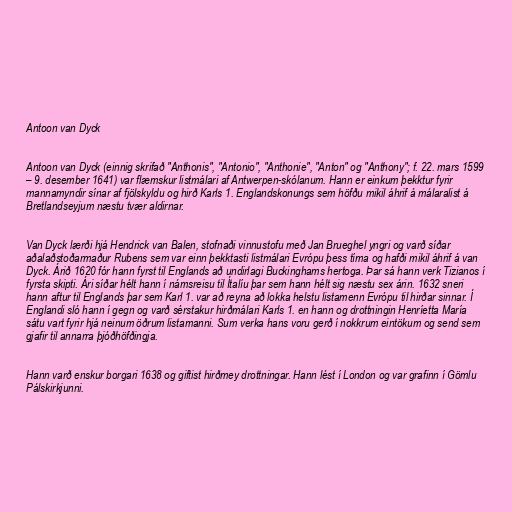
Antoon van Dyck

Antoon van Dyck (einnig skrifað "Anthonis", "Antonio", "Anthonie", "Anton" og "Anthony"; f. 22. mars 1599
– 9. desember 1641) var flæmskur listmálari af Antwerpen-skólanum. Hann er einkum þekktur fyrir
mannamyndir sínar af fjölskyldu og hirð Karls 1. Englandskonungs sem höfðu mikil áhrif á málaralist á
Bretlandseyjum næstu tvær aldirnar.

Van Dyck lærði hjá Hendrick van Balen, stofnaði vinnustofu með Jan Brueghel yngri og varð síðar
aðalaðstoðarmaður Rubens sem var einn þekktasti listmálari Evrópu þess tíma og hafði mikil áhrif á van
Dyck. Árið 1620 fór hann fyrst til Englands að undirlagi Buckinghams hertoga. Þar sá hann verk Tizianos í
fyrsta skipti. Ári síðar hélt hann í námsreisu til Ítalíu þar sem hann hélt sig næstu sex árin. 1632 sneri
hann aftur til Englands þar sem Karl 1. var að reyna að lokka helstu listamenn Evrópu til hirðar sinnar. Í
Englandi sló hann í gegn og varð sérstakur hirðmálari Karls 1. en hann og drottningin Henríetta María
sátu vart fyrir hjá neinum öðrum listamanni. Sum verka hans voru gerð í nokkrum eintökum og send sem
gjafir til annarra þjóðhöfðingja.

Hann varð enskur borgari 1638 og giftist hirðmey drottningar. Hann lést í London og var grafinn í Gömlu
Pálskirkjunni.